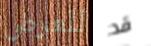
للعرض قد